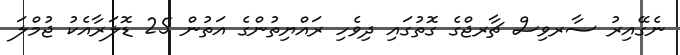
ނެގޭއިރު ސާރވިސް ޗާރޖްގެ ގޮތުގައި ދިވެހި ރައްޔިތުންގެ އަތުން 25 ޑޮލަރާއެކު ޖުމްލަ